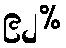
၉၂%